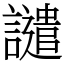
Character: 譴